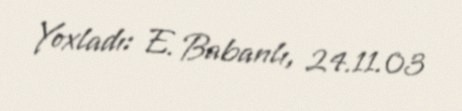
Yoxladı: E. Babanlı, 24.11.03